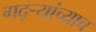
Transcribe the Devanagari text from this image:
गद्र्‍यांच्याच